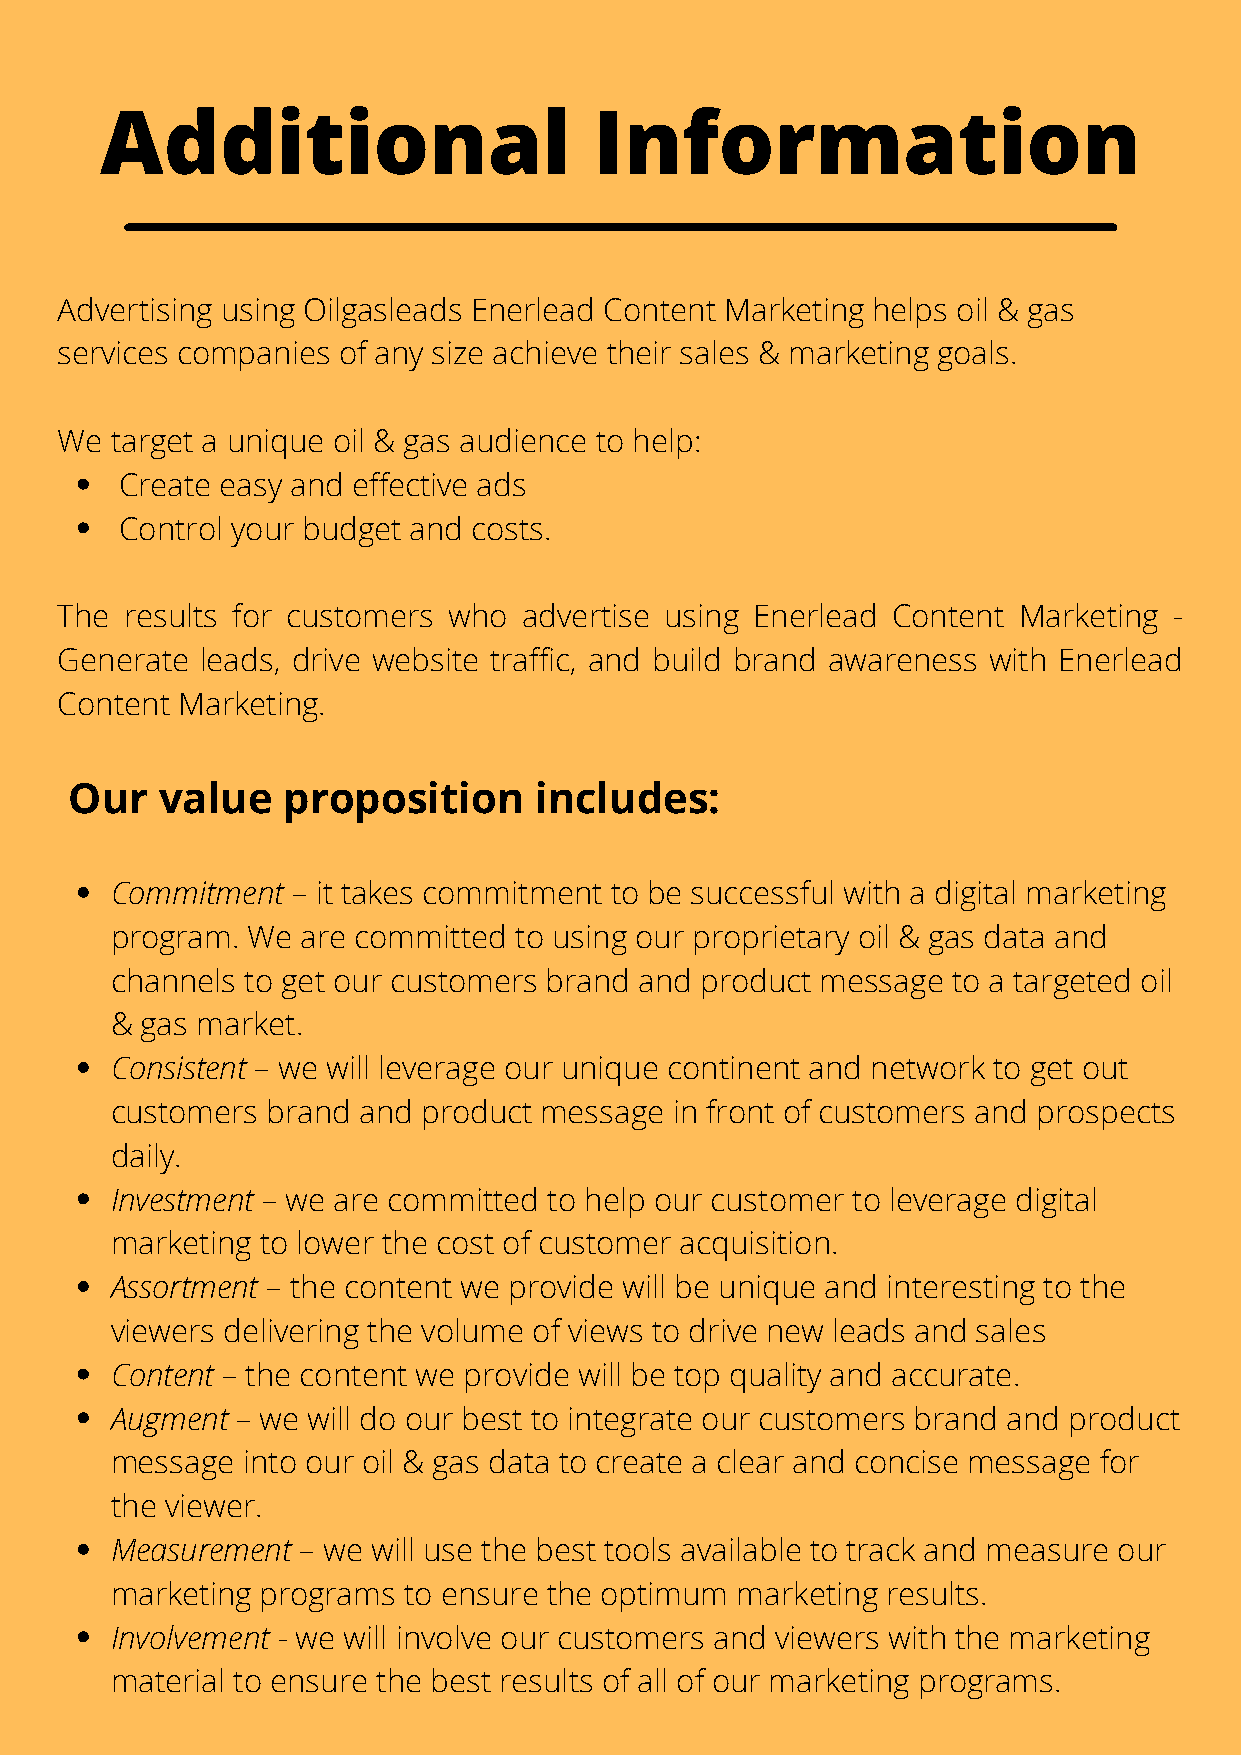
Additional                      Information
 Advertising using Oilgasleads Enerlead Content Marketing helps oil & gas
 services companies of any size achieve their sales & marketing goals.
 We target a unique oil & gas audience to help:
 Create easy and effective ads
 Control your budget and costs.
 The results for customers who  advertise using Enerlead Content Marketing -
 Generate leads, drive website traffic, and build brand awareness with Enerlead
 Content Marketing.
 Our   value   proposition     includes:
 Commitment  – it takes commitment to be successful with a digital marketing
 program. We  are committed to using our proprietary oil & gas data and
 channels to get our customers brand and product message to a targeted oil
 & gas market.
 Consistent – we will leverage our unique continent and network to get out
 customers  brand and product message  in front of customers and prospects
 daily.
 Investment – we are committed to help our customer to leverage digital
 marketing to lower the cost of customer acquisition.
 Assortment – the content we provide will be unique and interesting to the
 viewers delivering the volume of views to drive new leads and sales
 Content – the content we provide will be top quality and accurate.
 Augment  – we will do our best to integrate our customers brand and product
 message  into our oil & gas data to create a clear and concise message for
 the viewer.
 Measurement  – we will use the best tools available to track and measure our
 marketing programs  to ensure the optimum marketing results.
 Involvement - we will involve our customers and viewers with the marketing
 material to ensure the best results of all of our marketing programs.